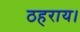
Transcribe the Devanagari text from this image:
ठहराय।